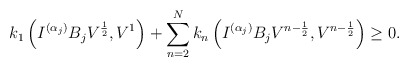
\begin{align*} k_1 \left(I^{(\alpha_j)}B_jV^{\frac{1}{2}}, V^{1}\right) + \sum\limits_{n=2}^{N} k_n \left(I^{(\alpha_j)}B_jV^{n-\frac{1}{2}}, V^{n-\frac{1}{2}}\right) \geq 0. \end{align*}